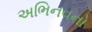
અભિનવનો